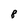
Character: 8